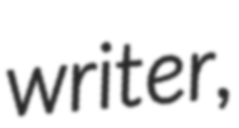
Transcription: writer,